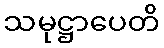
သမုဋ္ဌာပေတိ